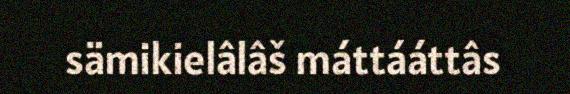
sämikielâlâš máttááttâs